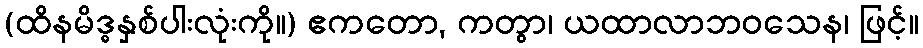
(ထိနမိဒ္ဓနှစ်ပါးလုံးကို။) ဧကတော, ကတွာ၊ ယထာလာဘဝသေန၊ ဖြင့်။